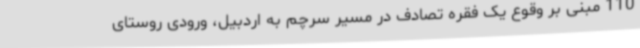
110 مبنی بر وقوع یک فقره تصادف در مسیر سرچم به اردبیل، ورودی روستای